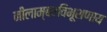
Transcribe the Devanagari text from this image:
नीलाम्बरविभूशणाय